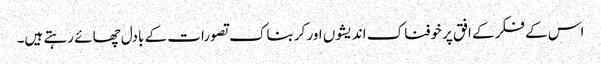
اس کے فکر کے افق پر خوفناک اندیشوں اور کربناک تصورات کے بادل چھائے رہتے ہیں۔